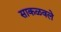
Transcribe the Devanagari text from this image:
साकळवले